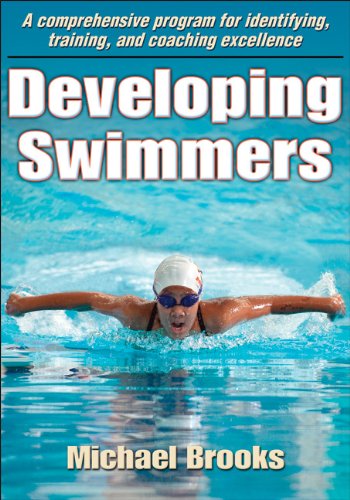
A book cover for Developing Swimmers; Michael Brooks; Health, Fitness & Dieting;